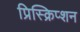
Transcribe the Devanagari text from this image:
प्रिस्क्रिप्शन